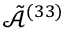
\tilde { \mathcal { A } } ^ { ( 3 3 ) }